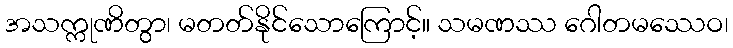
အသက္ကုဏိတွာ၊ မတတ်နိုင်သောကြောင့်။ သမဏဿ ဂေါတမဿေဝ၊